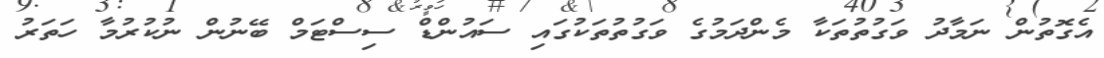
އެގޮތުން ނަމާދު ވަގުތުތަކާ މެންދަމުގެ ވަގުތުތަކުގައި ސައުންޑް ސިސްޓަމް ބޭނުން ނުކުރުމާ ހަތަރު